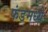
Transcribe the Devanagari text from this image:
फंडमध्ये